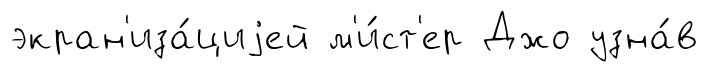
экран'иза́циjей м'и́ст'ер Джо узна́в